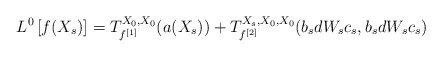
\begin{align*}L^0\left[f(X_s)\right] = T_{f^{[1]}}^{X_0,X_0}(a(X_s)) + T_{f^{[2]}}^{X_s,X_0,X_0}(b_sdW_sc_s,b_sdW_sc_s)\end{align*}